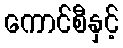
ကောင်စီနှင့်